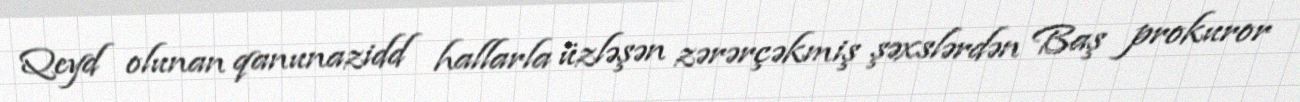
Qeyd olunan qanunazidd hallarla üzləşən zərərçəkmiş şəxslərdən Baş prokuror